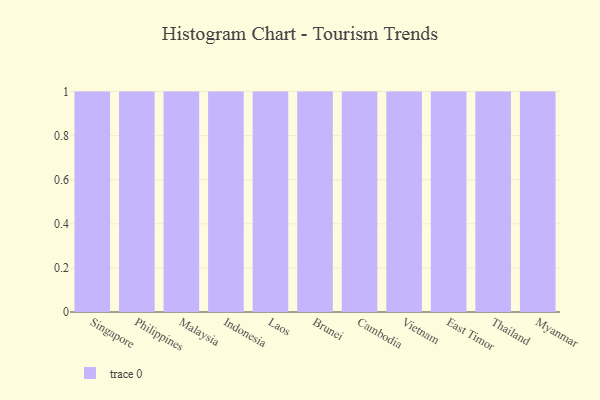
{"axis": {"x": "Country", "y": "Active Users"}, "legend": [""], "data": [{"x": "Singapore", "y": 65, "type": ""}, {"x": "Philippines", "y": 25, "type": ""}, {"x": "Malaysia", "y": 37, "type": ""}, {"x": "Indonesia", "y": 43, "type": ""}, {"x": "Laos", "y": 51, "type": ""}, {"x": "Brunei", "y": 61, "type": ""}, {"x": "Cambodia", "y": 48, "type": ""}, {"x": "Vietnam", "y": 47, "type": ""}, {"x": "East Timor", "y": 92, "type": ""}, {"x": "Thailand", "y": 54, "type": ""}, {"x": "Myanmar", "y": 67, "type": ""}]}